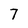
Character: 7